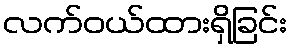
လက်ဝယ်ထားရှိခြင်း